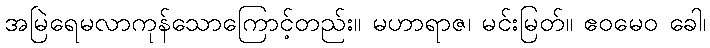
အမြဲရေမလာကုန်သောကြောင့်တည်း။ မဟာရာဇ၊ မင်းမြတ်။ ဧဝမေဝ ခေါ၊